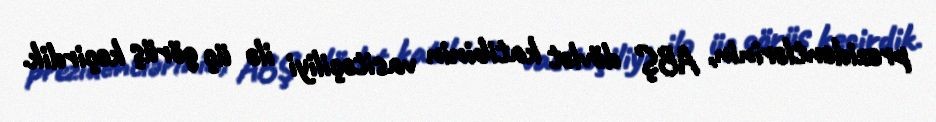
prezidentlərinin, ABŞ dövlət katibinin vasitəçiliyi ilə üç görüş keçirdik.